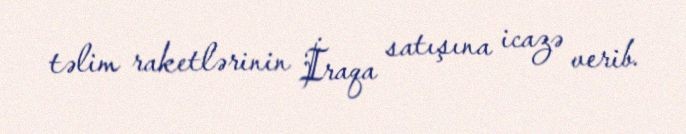
təlim raketlərinin İraqa satışına icazə verib.